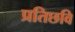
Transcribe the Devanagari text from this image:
प्रतिछवि